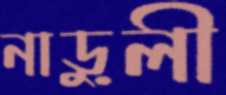
নাড়ুলী